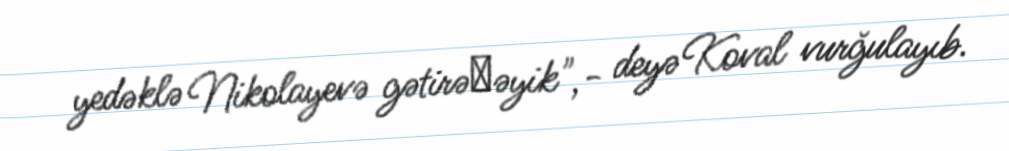
yedəklə Nikolayevə gətirəсəyik",- deyə Koval vurğulayıb.